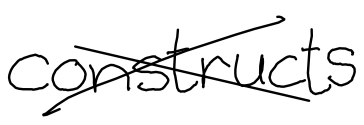
Text: constructs
Cross-out: cross
Writing tool: digital_black